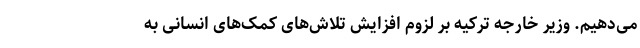
می‌دهیم. وزیر خارجه ترکیه بر لزوم افزایش تلاش‌های کمک‌های انسانی به